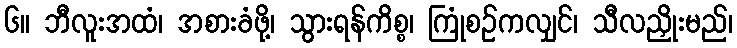
၆။ ဘီလူးအထံ၊ အစားခံဖို့၊ သွားရန်ကိစ္စ၊ ကြုံစဉ်ကလျှင်၊ သီလညှိုးမည်၊